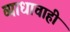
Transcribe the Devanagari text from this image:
व्याधाचाही